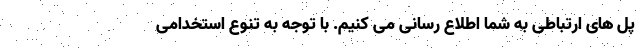
پل های ارتباطی به شما اطلاع رسانی می کنیم. با توجه به تنوع استخدامی